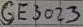
Text: GE3023